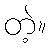
တဲ့။